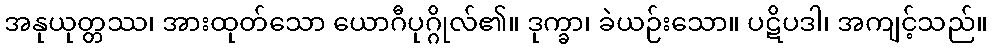
အနုယုတ္တဿ၊ အားထုတ်သော ယောဂီပုဂ္ဂိုလ်၏။ ဒုက္ခာ၊ ခဲယဉ်းသော။ ပဋိပဒါ၊ အကျင့်သည်။